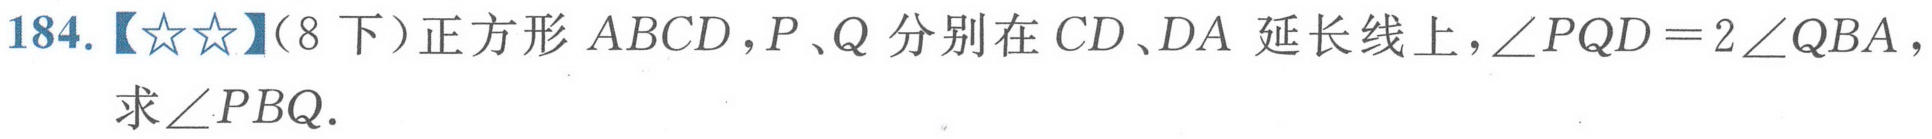
184.【★★】（8下）正方形\(ABCD\)，\(P、Q\)分别在\(CD、DA\)延长线上，\(\angle PQD = 2\angle QBA\)，求\(\angle PBQ\).